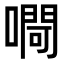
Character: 㗿